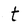
Character: t